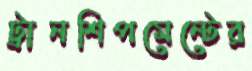
ট্রানশিপমেন্টের